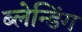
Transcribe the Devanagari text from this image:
ब्लेन्डिंग